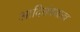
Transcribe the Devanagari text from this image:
आदितंत्रशास्त्र